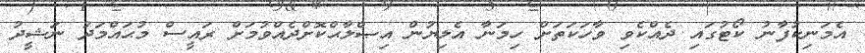
އެމަނިކުފާނު ކޯޓުގައި ދެއްކެވި ވާހަކަތަށް ހިމަނާ އެލިޔުން އިޞްލާޙްކޮށްދެއްވުމަށް ރައީސް މުޙައްމަދު ނަޝީދު